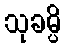
သုခမ္ပိ